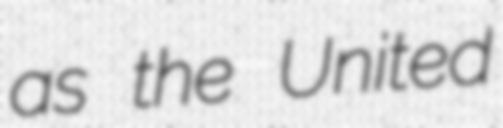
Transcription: as the United